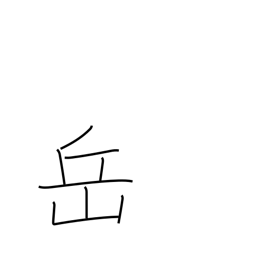
Meaning: mountain